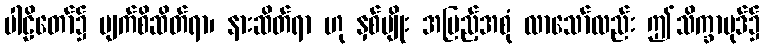
ပါဠိတော်၌ မျက်စိဆိတ်ရာ၊ နားဆိတ်ရာ ဟု နှစ်မျိုး အပြည့်အစုံ လာသော်လည်း ဤသိက္ခာပုဒ်၌